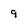
Character: 9